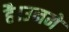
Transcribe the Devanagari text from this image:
है।उनमे